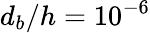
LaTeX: d_{b}/h=10^{-6}